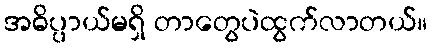
အဓိပ္ပာယ်မရှိ တာတွေပဲထွက်လာတယ်။